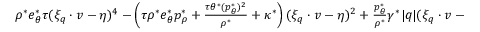
\begin{array} { r } { \rho ^ { \ast } e _ { \theta } ^ { \ast } \tau ( \xi _ { q } \cdot v - \eta ) ^ { 4 } - \left( \tau \rho ^ { \ast } e _ { \theta } ^ { \ast } p _ { \rho } ^ { \ast } + \frac { \tau \theta ^ { \ast } ( p _ { \theta } ^ { \ast } ) ^ { 2 } } { \rho ^ { \ast } } + \kappa ^ { \ast } \right) ( \xi _ { q } \cdot v - \eta ) ^ { 2 } + \frac { p _ { \theta } ^ { \ast } } { \rho ^ { \ast } } \gamma ^ { \ast } | q | ( \xi _ { q } \cdot v - \eta ) + \kappa ^ { \ast } p _ { \rho } ^ { \ast } = 0 . } \end{array}